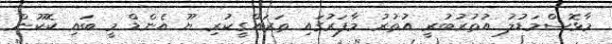
މާޅޮސްމަޑުލު އުތުރުބުރީ އުތުރު މާފަރުގައި ތަރައްގީކުރި ޔޫ އެންޑް މީ ބައި ކޮކޫން